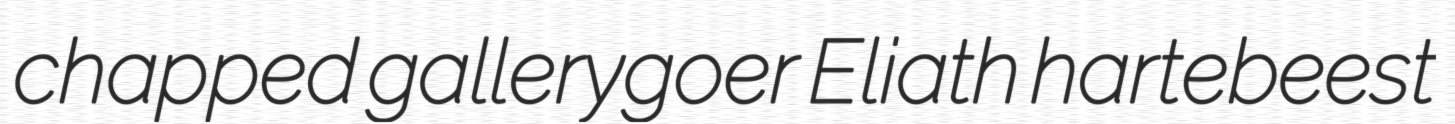
chapped gallerygoer Eliath hartebeest